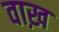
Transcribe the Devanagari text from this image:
वाख़